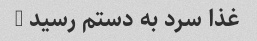
غذا سرد به دستم رسید …